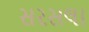
સરસલા